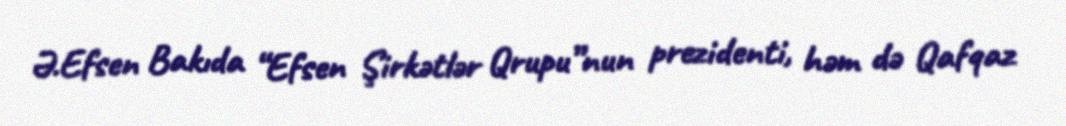
Ə.Efsen Bakıda “Efsen Şirkətlər Qrupu”nun prezidenti, həm də Qafqaz